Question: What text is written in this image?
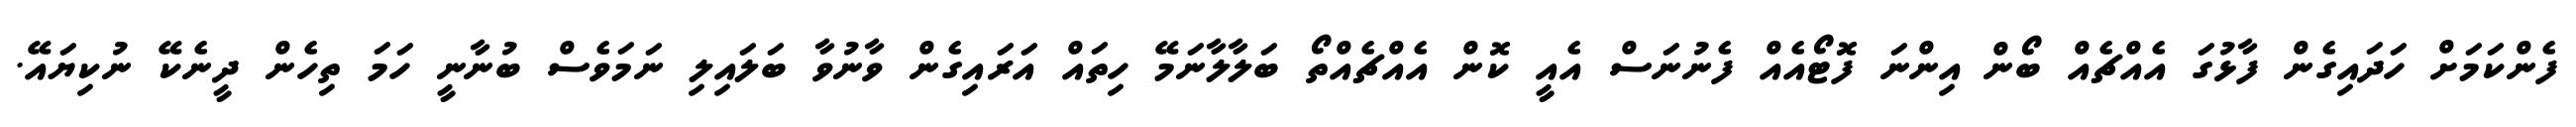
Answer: ފެންކަމަށް ހަދައިގެން ފާޅުގަ އެއްޗެއް ބޯން އިންނަ ފޮޓޯއެއް ފެނުނަސް އެއީ ކޮން އެއްޗެއްތޯ ބަލާލާނަމޭ ހިތައް އަރައިގެން ވާނުވާ ބަލައިލި ނަމަވެސް ބުނާނީ ހަމަ ތިހެން ދީނެކޭ ނުކިޔައޭ.